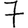
Digit: 7